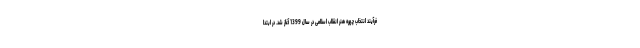
فرآیند انتخاب چهره هنر انقلاب اسلامی در سال 1399 آغاز شد. در ابتدا